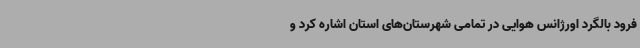
فرود بالگرد اورژانس هوایی در تمامی شهرستان‌های استان اشاره کرد و